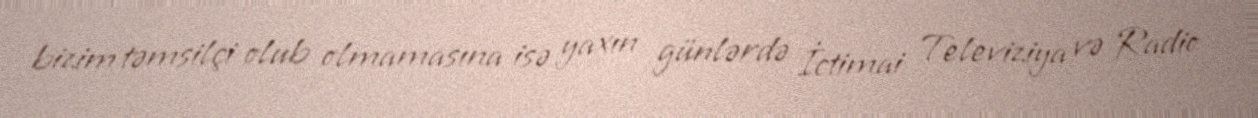
bizim təmsilçi olub olmamasına isə yaxın günlərdə İctimai Televiziya və Radio